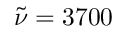
\tilde { \nu } = 3 7 0 0